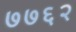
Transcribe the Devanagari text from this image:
७७६२